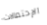
الإحتمالات